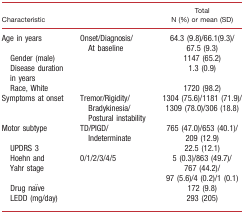
| Characteristic |  | Total N (%) or mean (SD) |
 | --- | --- | --- |
 | Age in years | Onset/Diagnosis/At baseline | 64.3 (9.8)/66.1(9.3)/67.5 (9.3) |
 | Gender (male) |  | 1147 (65.2) |
 | Disease duration in years |  | 1.3 (0.9) |
 | Race, White |  | 1720 (98.2) |
 | Symptoms at onset | Tremor/Rigidity/Bradykinesia/Postural instability | 1304 (75.6)/1181 (71.9)/1309 (78.0)/306 (18.8) |
 | Motor subtype | TD/PIGD/Indeterminate | 765 (47.0)/653 (40.1)/209 (12.9) |
 | UPDRS 3 |  | 22.5 (12.1) |
 | Hoehn and Yahr stage | 0/1/2/3/4/5 | 5 (0.3)/863 (49.7)/767 (44.2)/97 (5.6)/4 (0.2)/1 (0.1) |
 | Drug naïve |  | 172 (9.8) |
 | LEDD (mg/day) |  | 293 (205) |